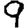
Digit: 9